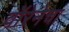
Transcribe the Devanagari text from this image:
वॉरेनेचा